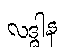
လဒ္ဓါန